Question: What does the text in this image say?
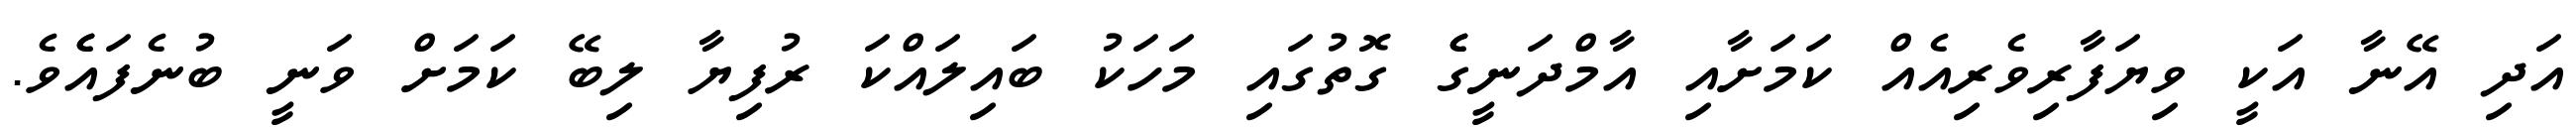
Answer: އަދި އޭނާ އަކީ ވިޔަފާރިވެރިއެއް ކަމަށާއި އާމްދަނީގެެ ގޮތުގައި މަހަކު ބައިލައްކަ ރުފިޔާ ލިބޭ ކަމަށް ވަނީ ބުނެފައެެވެ.